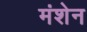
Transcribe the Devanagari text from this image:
मंशेन